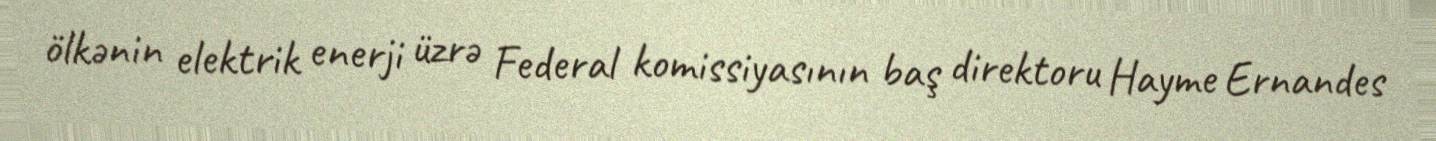
ölkənin elektrik enerji üzrə Federal komissiyasının baş direktoru Hayme Ernandes